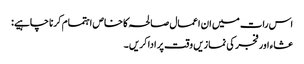
اس رات میں ان اعمال صالحہ کا خاص اہتمام کرنا چاہیے:
عشاء اور فجر کی نمازیں وقت پر ادا کریں ۔